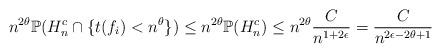
LaTeX: \begin{align*}n^{2\theta}\mathbb{P}(H_n^c \cap \{t(f_i) < n^{\theta}\}) \leq n^{2\theta} \mathbb{P}(H_n^c) \leq n^{2\theta} \frac{C}{n^{1+2\epsilon}} = \frac{C}{n^{2\epsilon-2\theta+1}}\end{align*}